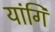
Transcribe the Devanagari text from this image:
यांगि